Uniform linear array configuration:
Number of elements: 12
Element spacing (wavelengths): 0.75
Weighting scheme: hann
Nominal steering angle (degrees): -15
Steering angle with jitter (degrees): -13.06
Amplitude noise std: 0.05
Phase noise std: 0.05

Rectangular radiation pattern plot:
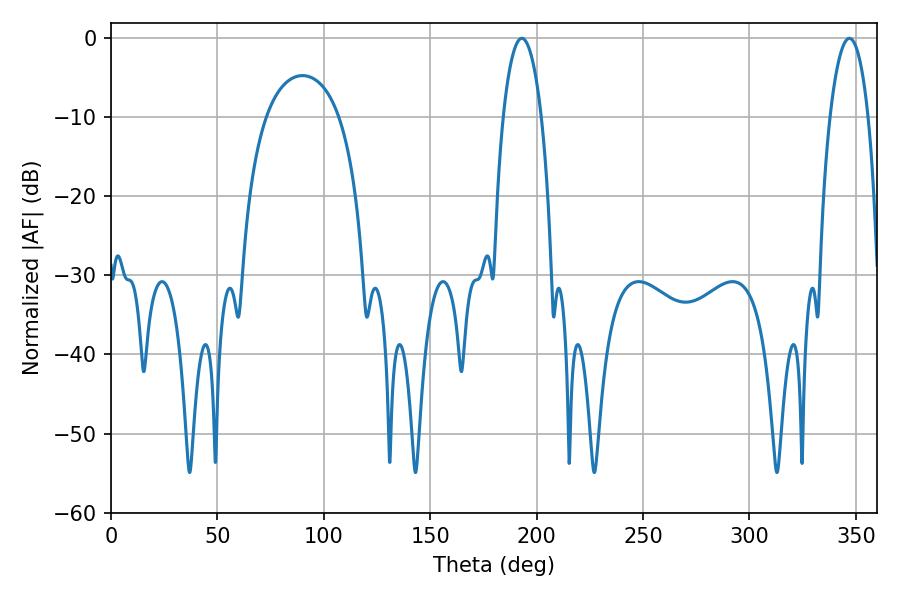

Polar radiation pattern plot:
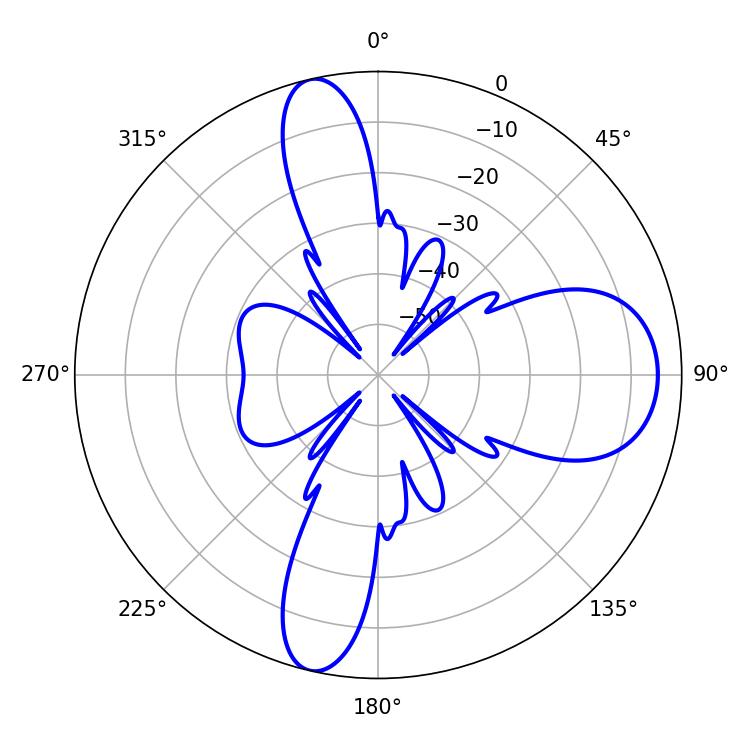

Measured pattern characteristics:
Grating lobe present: TRUE
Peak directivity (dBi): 14.394
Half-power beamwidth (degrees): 10.08
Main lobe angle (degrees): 192.96